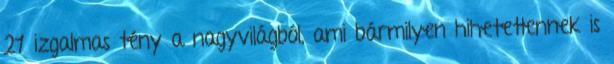
21 izgalmas tény a nagyvilágból, ami bármilyen hihetetlennek is